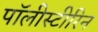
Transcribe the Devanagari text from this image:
पॉलीस्टीरिन